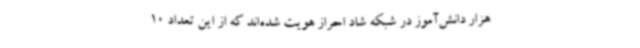
هزار دانش‌آموز در شبکه شاد احراز هویت شده‌اند که از این تعداد 10